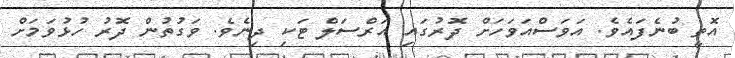
އޮތީ ބުނެފައެވެ. އަވަސްއަވަހަށް ދޮރުގައި އަރްސަލް ޓަކި ދިނެވެ. ވަގުތުން ދޮރު ހުޅުވަމަށް